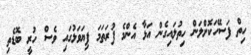
ހިތް ފަސޭހަކޮށްލަން ހިތުލައިގެން އަޅާ އެންމެ ފުރަތަމަ ފިޔަވަޅުގައި ވެސް ހުރީ ބޮޑެތި